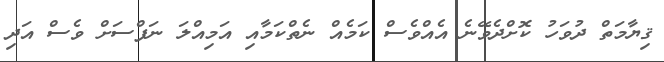
ޤިޔާމަތް ދުވަހު ކޮށްދެވޭނެ އެއްވެސް ކަމެއް ނެތްކަމާއި އަމިއްލަ ނަފްސަށް ވެސް އަދި